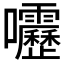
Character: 𫭁